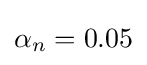
\textstyle \alpha _{n}=0.05